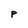
Character: P